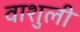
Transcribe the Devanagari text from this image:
वाशुली